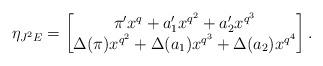
LaTeX: \begin{align*}\eta_{J^{2}E}=\begin{bmatrix} \pi'x^{q}+a_{1}'x^{q^{2}}+a_{2}'x^{q^{3}} \\ \Delta(\pi)x^{q^{2}}+\Delta(a_{1})x^{q^{3}}+\Delta(a_{2})x^{q^{4}} \end{bmatrix}.\end{align*}